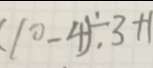
( 1 0 - 4 ) \div 3 + 1